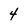
Character: 4